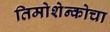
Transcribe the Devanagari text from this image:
तिमोशेन्कोचा